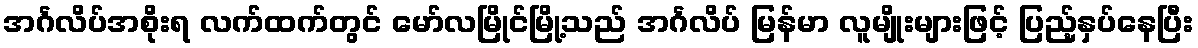
အင်္ဂလိပ်အစိုးရ လက်ထက်တွင် မော်လမြိုင်မြို့သည် အင်္ဂလိပ် မြန်မာ လူမျိုးများဖြင့် ပြည့်နှပ်နေပြီး